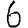
Digit: 6